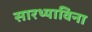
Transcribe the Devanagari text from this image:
सारथ्याविना